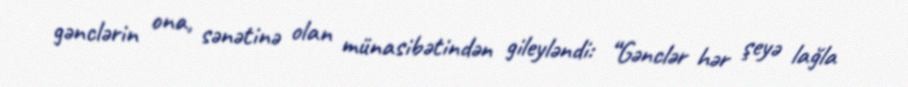
gənclərin ona, sənətinə olan münasibətindən gileyləndi: “Gənclər hər şeyə lağla